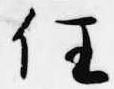
任